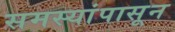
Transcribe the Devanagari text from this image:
समस्यांपासून